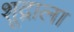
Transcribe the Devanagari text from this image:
शूद्राला